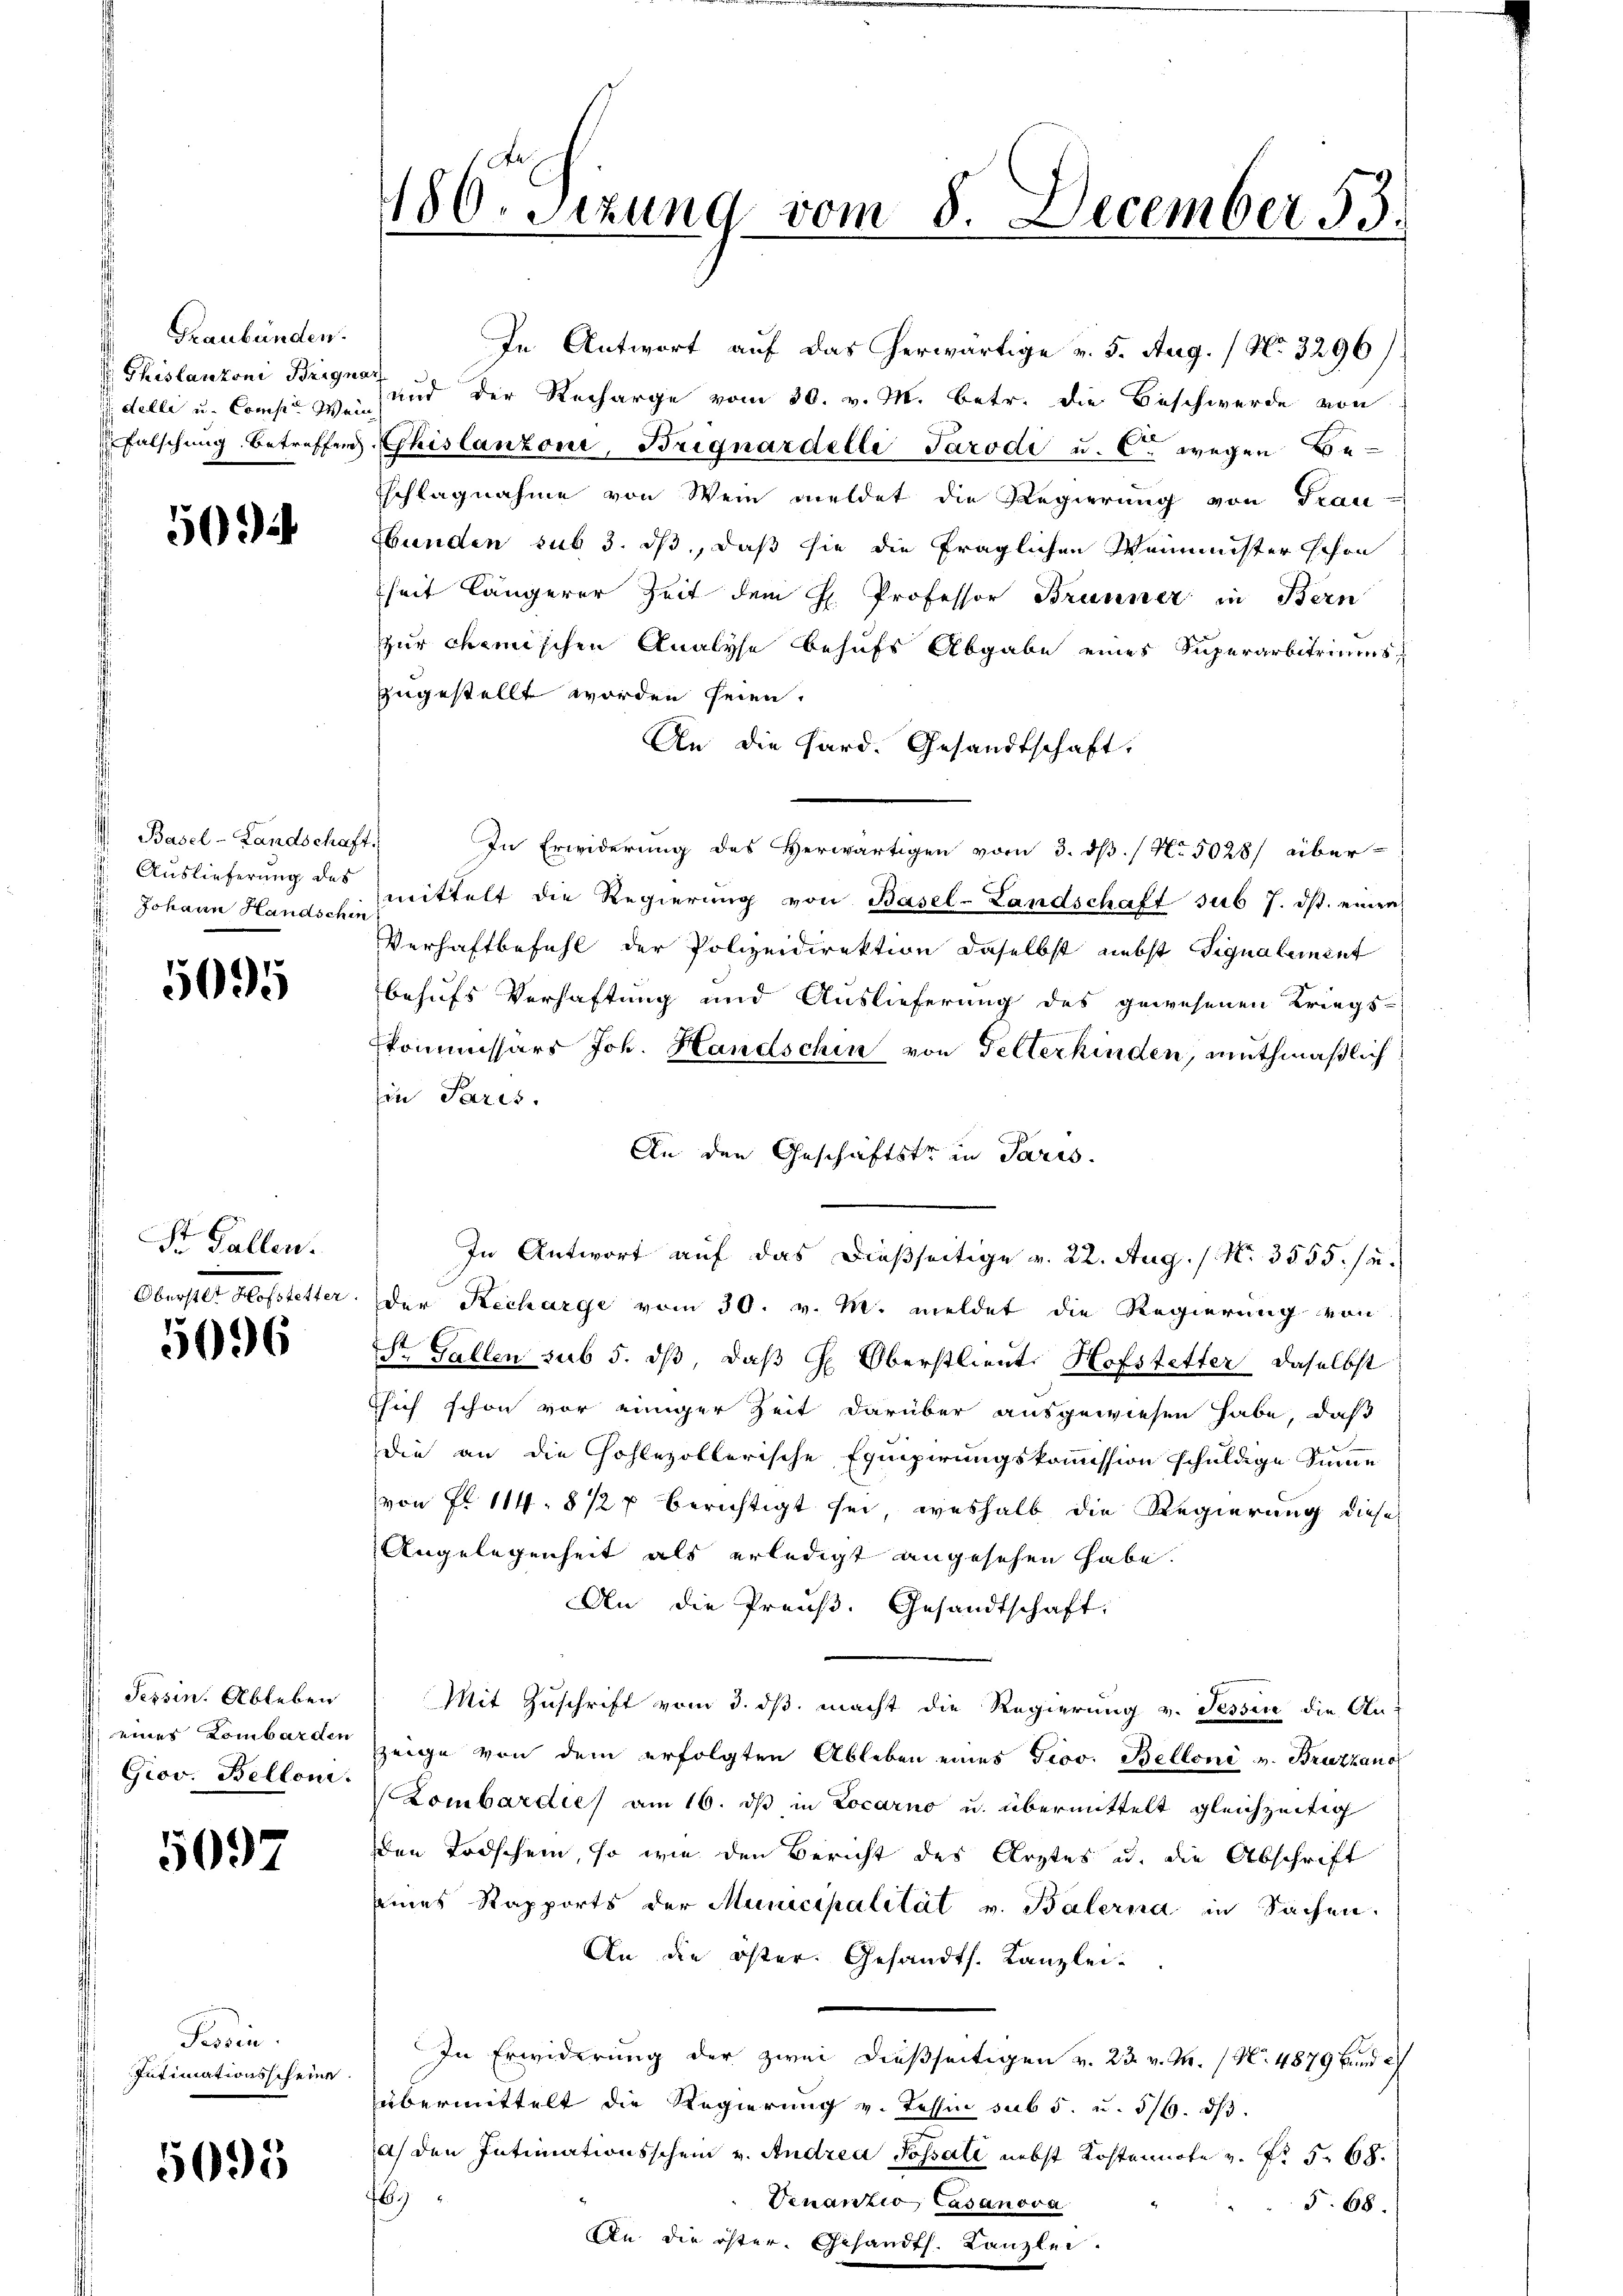
Graubünden.
 Philanzoni Brign
delle u. Comper Wei
Falschung betreffend

500

Basel-Landschaft
Auslieferung des
 Johann Handschir

5095

St. Gallen.
Oberstet Hofstetter.

5096

Tessin. Ableben
eines Lombarden
Giov. Belloni.

5097

Tessin.
Intimationsscheine

5095

186. Sizung vom 8. December 183.
.

In Antwort auf das herwärtige v. 5. Aug. / No. 3296)
t.
und der Recharge vom 30. v. M. betr. die Beschwerde von
Ehislanzoni, Brignardelli Tarodi u. C. wegen Be-
sschlagnahme von Wein meldet die Regierung von Trau-
Hunden sub 3. ds, daß sie die fraglichen Weimmster schon
heit längerer Zeit dem H. Professor Brunner in Bern
zur chemischen Analyse behufs Abgabe eines Superarbitriums
zugestellt worden seien.
An die Hard. Gesandtschaft.
In Erwiderung des Herwärtigen vom 3. ds. No 5028/ über-
mittelt die Regierung von Basel-Landschaft sub 7. ds. einen
Verhaftbefehl der Polizeidirektion daselbst nebst Signalement
behufs Verhaftung und Auslieferung des gewesenen Kriegs-
skommissärs Joh. Handschin von Gelterkinden, muthmaßlich
Ein Paris.
An den Geschäftstr in Paris.
Der Recharge vom 30. v. M. meldet die Regierung von
St. Gallen sub 5. dβ, daβ H. Oberstlieut. Hofstetter daselbst
sich schon vor einiger Zeit darüber ausgewiesen habe, daß
die an die Hohlezollerische Equipirungskommission schuldige Summe
von Fr. 114. 812 f berichtigt sei, weshalb die Regierung diese
Angelegenheit als erledigt angesehen habe.
An die Preuß. Gesandtschaft,
Mit Zuschrift vom 3. ds. macht die Regierung v. Tessin die An-
zeige von dem erfolgten Ableben eines Prov. Belloni v. Bruzzano
Lombardies am 16. ds in Locarno u. übermittelt gleichzeitig
den Todschein, so wie den Bericht des Arztes u. die Abschrift
eines Rapports der Municipalität v. Balerna in Sachen,
An die öster. Gesandts. Kanzlei-
In Erwiderung der zwei dießseitigen v. 23. v. M. (N. 4879 und
übermittelt die Regierung v. Tessin sub 5. u. 5/6. dβ.
ach den Intimationsschein v. Andrea Possale nebst Kostennote v. Fr. 5. 68.
2
Venanzio Casanova
§ 68.
An die öster, Gesandt. Kanzlei
.
.

In Antwort auf das dießseitige v. 22. Aug. (Nr. 3555. u.